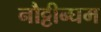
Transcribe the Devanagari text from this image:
नौट्टीन्घम